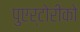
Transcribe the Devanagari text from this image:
पुएर्टोरीको